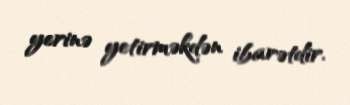
yerinə yetirməkdən ibarətdir.